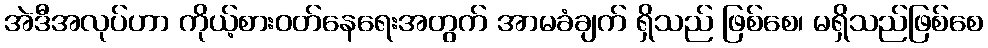
အဲဒီအလုပ်ဟာ ကိုယ့်စားဝတ်နေရေးအတွက် အာမခံချက် ရှိသည် ဖြစ်စေ၊ မရှိသည်ဖြစ်စေ